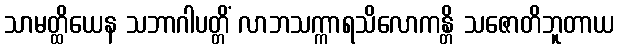
သာမတ္ထိယေန သဘာဂါပတ္တိံ လာဘသက္ကာရသိလောကန္တိ သဇောတိဘူတာယ